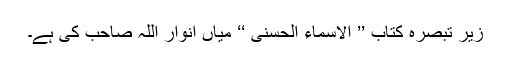
زیرِ تبصرہ کتاب ’’ الاسماء الحسنی ‘‘ میاں انوار اللہ صاحب کی ہے۔